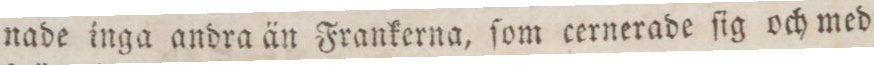
nade inga andra än Frankerna, ſom cernerade ſig och med